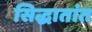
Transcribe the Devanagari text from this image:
सिद्धातांत